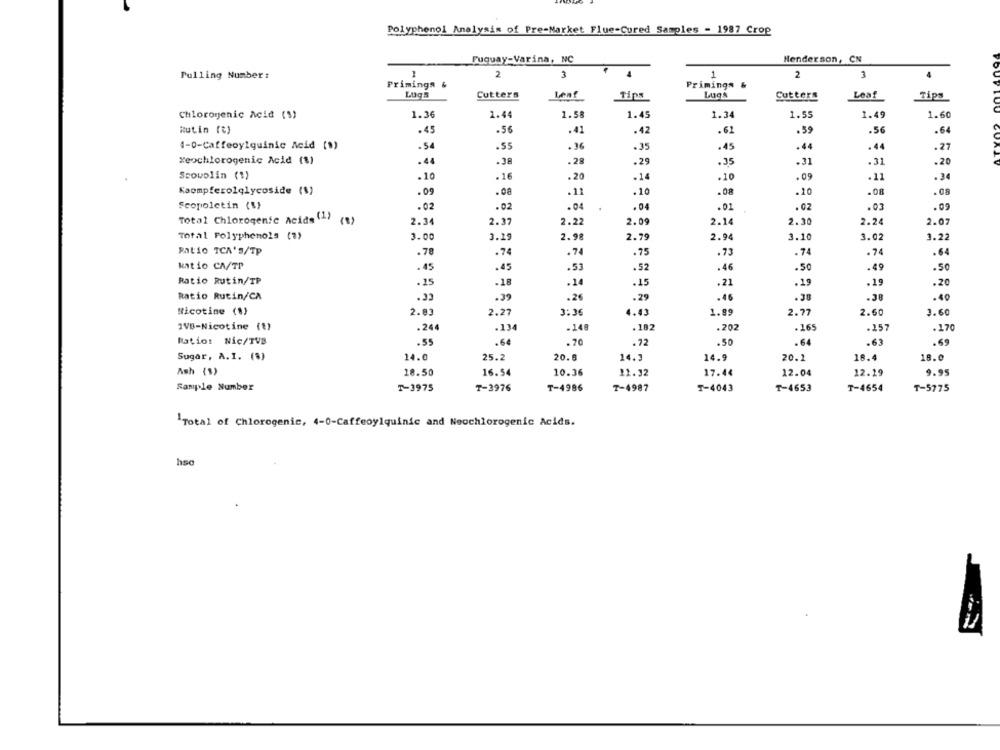
Polyphenol Analysis of Pre-Market Flue-Cured Samples - 1987 Crop
Fuquay-Varina, NC
Henderson, CN
Pulling Number:
2
3
4
1
2
4
Primingn &
Primings &
LUgs
Cutters
Lent
Tips
Lugs
Cutters
Leaf
Tips
Chlorogenic Acid (S)
1.36
1.44
1.58
1.45
1.34
1.55
1.49
1.60
Rutin (%)
.45
.56
.41
.42
.62
.59
.56
.64
4-0-Caffeoylquinic Acid (1)
-54
.55
+ 36
.35
.45
.44
.44
.21
"eochlorogenic Acid (1)
.4
.38
.2
.29
.35
.31
.31
.20
Scowolin (1)
.16
.20
.14
.10
.09
.11
Kaempferolglycoside (1)
.09
.08
-11
.10
.08
.10
.OR
Scopolctin (%}
.02
.02
.04
.01
.02
.03
Total Chlorogenic Acids (1)
( 8 )
2.34
2.37
2.22
2.09
2.14
2.30
2.24
2.07
Total Polyphenols (?)
3.00
3.19
2.98
2.79
2.94
3.10
3.02
1.22
Ratio TCA'S/TP
.78
.74
.74
.75
.73
.74
.74
.64
kat io CA/TP
.45
.45
.53
.52
.46
.50
.49
.50
Ratio Rutin/TP
.25
-18
-24
.15
.21
.19
.19
.20
Ratio Rutin/CA
.32
.39
.26
.29
.45
-38
.40
Nicotine (1)
2.83
2.27
3:36
4.43
1.89
2.77
2.60
3.60
IVB-Nicotine (1)
.244
.134
-140
.182
.202
.165
.257
.170
Ratio: Nic/TVB
.55
.6
.70
.72
.50
.6
.63
.69
Sugar, A.I. (%)
14.0
25.2
20.8
14.3
14.9
20.1
18.4
18.0
Ash (1)
18.50
16.54
10.36
21.32
17.44
12.04
12.29
9.95
Sample Number
T-3975
T-3976
T-4986
T-4987
T-4043
T-4653
T-4654
T-5775
Total of Chlorogenic, 4-0-Caffeoylquinic and Neochlorogenic Acids.
hse